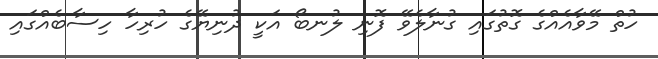
ހުތް މޭވާއެއްގެ ގޮތުގައި ގުނާލެވޭ ފޮނި ލުނބޯ އަކީ ދުނިޔޭގެ ހުރިހާ ހިސާބެއްގައި